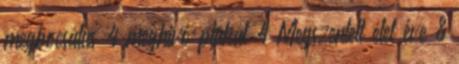
megbocsátás 4 meghívó plakát 4 Megszentelt élet éve 8